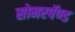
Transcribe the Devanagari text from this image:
सोमरपॅण्ड